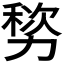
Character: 𫦷